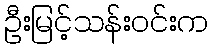
ဦးမြင့်သန်းဝင်းက